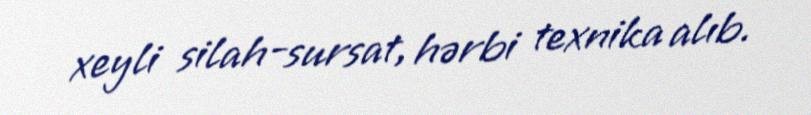
xeyli silah-sursat, hərbi texnika alıb.